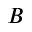
B